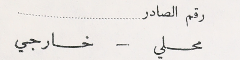
رقم الصادر
 محلي – خارجي